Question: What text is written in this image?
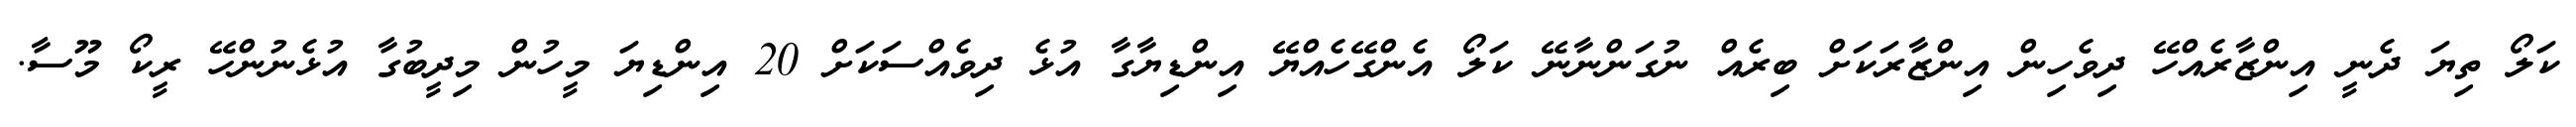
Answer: ކަލޯ ތިޔަ ދެނީ އިންޒާރެއްހޭ ދިވެހިން އިންޒާރަކަށް ބިރެއް ނުގަންނާނޭ ކަލޯ އެންގޭހެއްޔޭ އިންޑިޔާގާ އުޅެ ދިވެއްސަކަށް 20 އިންޑިޔަ މީހުން މިދީބުގާ އުޅެނުންހޭ ރީކޯ މޫސާ.